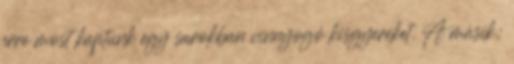
erre most kaptunk egy sarokban vinnyogó kisgyereket. A másik: